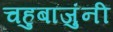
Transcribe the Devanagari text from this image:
चहुबाजुंनी